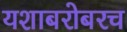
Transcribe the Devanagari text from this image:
यशाबरोबरच